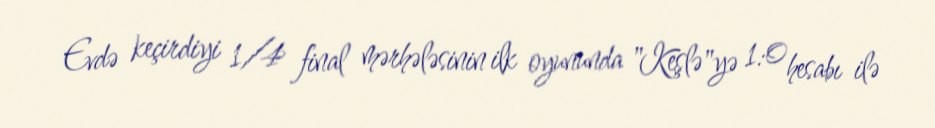
Evdə keçirdiyi 1/4 final mərhələsinin ilk oyununda "Keşlə"yə 1:0 hesabı ilə